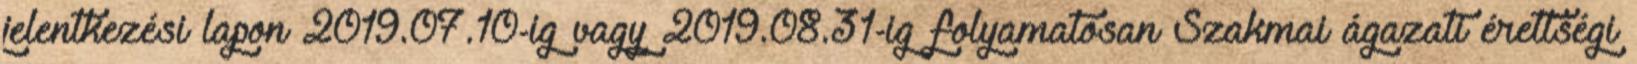
jelentkezési lapon 2019.07.10-ig vagy 2019.08.31-ig folyamatosan Szakmai ágazati érettségi